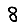
Digit: 8